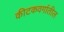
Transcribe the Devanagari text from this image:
कीटकवर्गातील